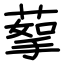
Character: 蒘